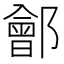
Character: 𨞤